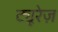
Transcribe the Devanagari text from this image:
ट्यूरेज़